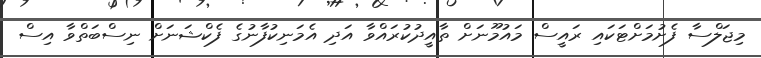
މިޖަލްސާ ފެށުމަށްޓަކައި ރައީސް މައުމޫނަށް ތާއީދުކުރައްވާ އަދި އެމަނިކުފާނުގެ ފެކްޝަނަށް ނިސްބަތްވާ އިސް